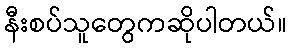
နီးစပ်သူတွေကဆိုပါတယ်။